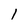
Character: 1